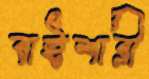
বাইশারী